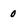
Character: 0